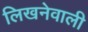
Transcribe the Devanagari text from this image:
लिखनेवाली